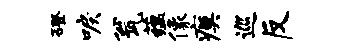
磴唳瓮蕴像瘼巡反